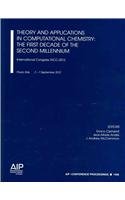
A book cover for Theory and Applications in Computational Chemistry: The First Decade of the Second Millennium:: International Congress TACC-2012 (AIP Conference Proceedings); Science & Math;